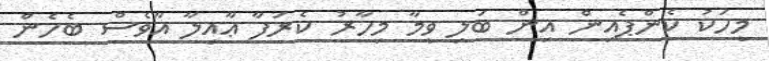
މީހަކު ކެންޕެއިން އިން ބަލި ވީމާ މިހާރު ކެރަފާ ޢާއިލާ އާވެސް ބެހެން